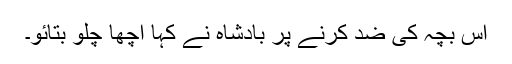
اس بچہ کی ضد کرنے پر بادشاہ نے کہا اچھا چلو بتائو۔